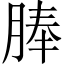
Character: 䏾